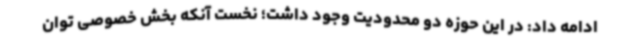
ادامه داد: در این حوزه دو محدودیت وجود داشت؛ نخست آنکه بخش خصوصی توان